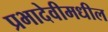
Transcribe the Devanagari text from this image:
प्रभादेवीमधील